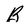
Character: B